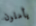
يأملون